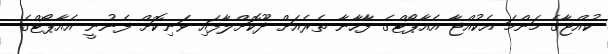
ކުއްޖާގެ މަންމަ އެކުއްޖާ އެއާޕޯޓްގެ ފާހާނާ ތެރެއަށް ދޫކޮށްލާފައި ވަނިކޮށް ފެނުނީ އެއާޕޯޓްގެ